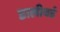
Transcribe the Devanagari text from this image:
डालीबर्ड